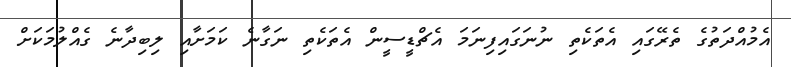
އެމުއްދަތުގެ ތެރޭގައި އެތަކެތި ނުނަގައިފިނަމަ އެޗްޑީސީން އެތަކެތި ނަގާނެ ކަމަށާއި ލިބިދާނެ ގެއްލުމަކަށް